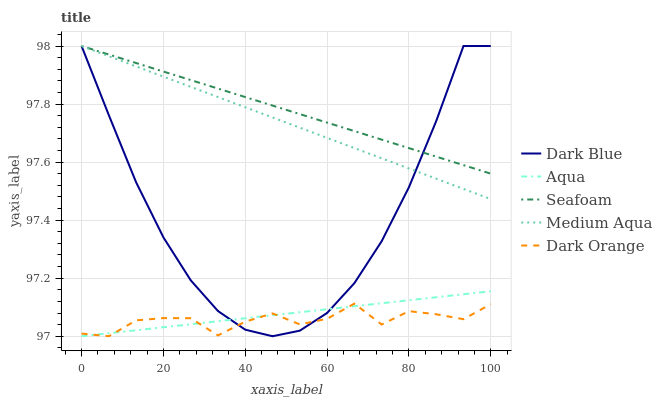
| xaxis_label | Dark Blue | Aqua | Seafoam | Medium Aqua | Dark Orange |
 | --- | --- | --- | --- | --- | --- |
 | 0 | 98 | 97 | 98 | 98 | 97 |
 | 6.67 | 97.8 | 97 | 98 | 98 | 97 |
 | 13.3 | 97.5 | 97 | 97.9 | 97.9 | 97.1 |
 | 20 | 97.3 | 97 | 97.9 | 97.9 | 97.1 |
 | 26.7 | 97.2 | 97 | 97.9 | 97.9 | 97.1 |
 | 33.3 | 97.1 | 97.1 | 97.9 | 97.8 | 97 |
 | 40 | 97 | 97.1 | 97.8 | 97.8 | 97.1 |
 | 46.7 | 97 | 97.1 | 97.8 | 97.8 | 97.1 |
 | 53.3 | 97 | 97.1 | 97.8 | 97.7 | 97 |
 | 60 | 97.1 | 97.1 | 97.7 | 97.7 | 97.1 |
 | 66.7 | 97.2 | 97.1 | 97.7 | 97.6 | 97.1 |
 | 73.3 | 97.3 | 97.1 | 97.7 | 97.6 | 97 |
 | 80 | 97.5 | 97.1 | 97.6 | 97.6 | 97.1 |
 | 86.7 | 97.7 | 97.1 | 97.6 | 97.5 | 97.1 |
 | 93.3 | 98 | 97.1 | 97.6 | 97.5 | 97.1 |
 | 100 | 98 | 97.2 | 97.6 | 97.5 | 97.1 |